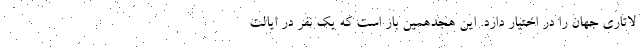
لاتاری جهان را در اختیار دارد. این هجدهمین بار است که یک نفر در ایالت